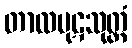
တာလပုဋသုတ္တံ